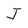
Character: J